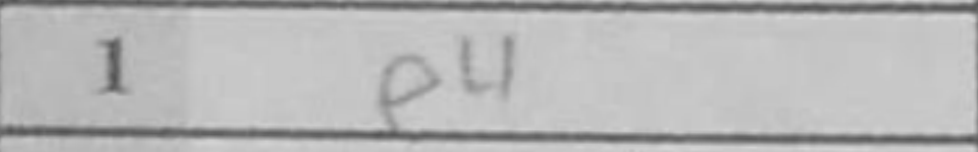
Transcription: e4